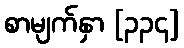
စာမျက်နှာ [၃၃၄]